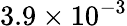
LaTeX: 3.9\times 10^{-3}